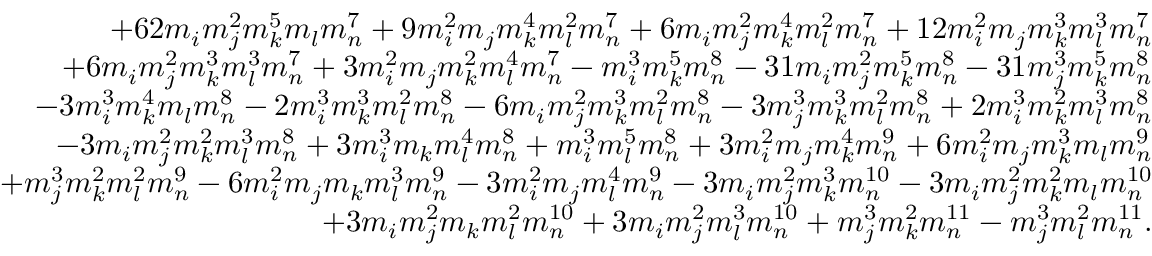
\begin{array} { r l r } & { } & { + 6 2 m _ { i } m _ { j } ^ { 2 } m _ { k } ^ { 5 } m _ { l } m _ { n } ^ { 7 } + 9 m _ { i } ^ { 2 } m _ { j } m _ { k } ^ { 4 } m _ { l } ^ { 2 } m _ { n } ^ { 7 } + 6 m _ { i } m _ { j } ^ { 2 } m _ { k } ^ { 4 } m _ { l } ^ { 2 } m _ { n } ^ { 7 } + 1 2 m _ { i } ^ { 2 } m _ { j } m _ { k } ^ { 3 } m _ { l } ^ { 3 } m _ { n } ^ { 7 } } \\ & { } & { + 6 m _ { i } m _ { j } ^ { 2 } m _ { k } ^ { 3 } m _ { l } ^ { 3 } m _ { n } ^ { 7 } + 3 m _ { i } ^ { 2 } m _ { j } m _ { k } ^ { 2 } m _ { l } ^ { 4 } m _ { n } ^ { 7 } - m _ { i } ^ { 3 } m _ { k } ^ { 5 } m _ { n } ^ { 8 } - 3 1 m _ { i } m _ { j } ^ { 2 } m _ { k } ^ { 5 } m _ { n } ^ { 8 } - 3 1 m _ { j } ^ { 3 } m _ { k } ^ { 5 } m _ { n } ^ { 8 } } \\ & { } & { - 3 m _ { i } ^ { 3 } m _ { k } ^ { 4 } m _ { l } m _ { n } ^ { 8 } - 2 m _ { i } ^ { 3 } m _ { k } ^ { 3 } m _ { l } ^ { 2 } m _ { n } ^ { 8 } - 6 m _ { i } m _ { j } ^ { 2 } m _ { k } ^ { 3 } m _ { l } ^ { 2 } m _ { n } ^ { 8 } - 3 m _ { j } ^ { 3 } m _ { k } ^ { 3 } m _ { l } ^ { 2 } m _ { n } ^ { 8 } + 2 m _ { i } ^ { 3 } m _ { k } ^ { 2 } m _ { l } ^ { 3 } m _ { n } ^ { 8 } } \\ & { } & { - 3 m _ { i } m _ { j } ^ { 2 } m _ { k } ^ { 2 } m _ { l } ^ { 3 } m _ { n } ^ { 8 } + 3 m _ { i } ^ { 3 } m _ { k } m _ { l } ^ { 4 } m _ { n } ^ { 8 } + m _ { i } ^ { 3 } m _ { l } ^ { 5 } m _ { n } ^ { 8 } + 3 m _ { i } ^ { 2 } m _ { j } m _ { k } ^ { 4 } m _ { n } ^ { 9 } + 6 m _ { i } ^ { 2 } m _ { j } m _ { k } ^ { 3 } m _ { l } m _ { n } ^ { 9 } } \\ & { } & { + m _ { j } ^ { 3 } m _ { k } ^ { 2 } m _ { l } ^ { 2 } m _ { n } ^ { 9 } - 6 m _ { i } ^ { 2 } m _ { j } m _ { k } m _ { l } ^ { 3 } m _ { n } ^ { 9 } - 3 m _ { i } ^ { 2 } m _ { j } m _ { l } ^ { 4 } m _ { n } ^ { 9 } - 3 m _ { i } m _ { j } ^ { 2 } m _ { k } ^ { 3 } m _ { n } ^ { 1 0 } - 3 m _ { i } m _ { j } ^ { 2 } m _ { k } ^ { 2 } m _ { l } m _ { n } ^ { 1 0 } } \\ & { } & { + 3 m _ { i } m _ { j } ^ { 2 } m _ { k } m _ { l } ^ { 2 } m _ { n } ^ { 1 0 } + 3 m _ { i } m _ { j } ^ { 2 } m _ { l } ^ { 3 } m _ { n } ^ { 1 0 } + m _ { j } ^ { 3 } m _ { k } ^ { 2 } m _ { n } ^ { 1 1 } - m _ { j } ^ { 3 } m _ { l } ^ { 2 } m _ { n } ^ { 1 1 } . } \end{array}